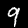
Digit: 9